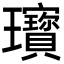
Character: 𤫞